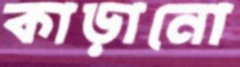
কাড়ানো